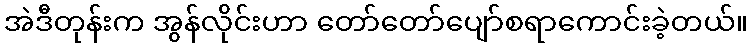
အဲဒီတုန်းက အွန်လိုင်းဟာ တော်တော်ပျော်စရာကောင်းခဲ့တယ်။